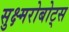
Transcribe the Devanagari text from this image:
सुक्ष्मरोबोट्स